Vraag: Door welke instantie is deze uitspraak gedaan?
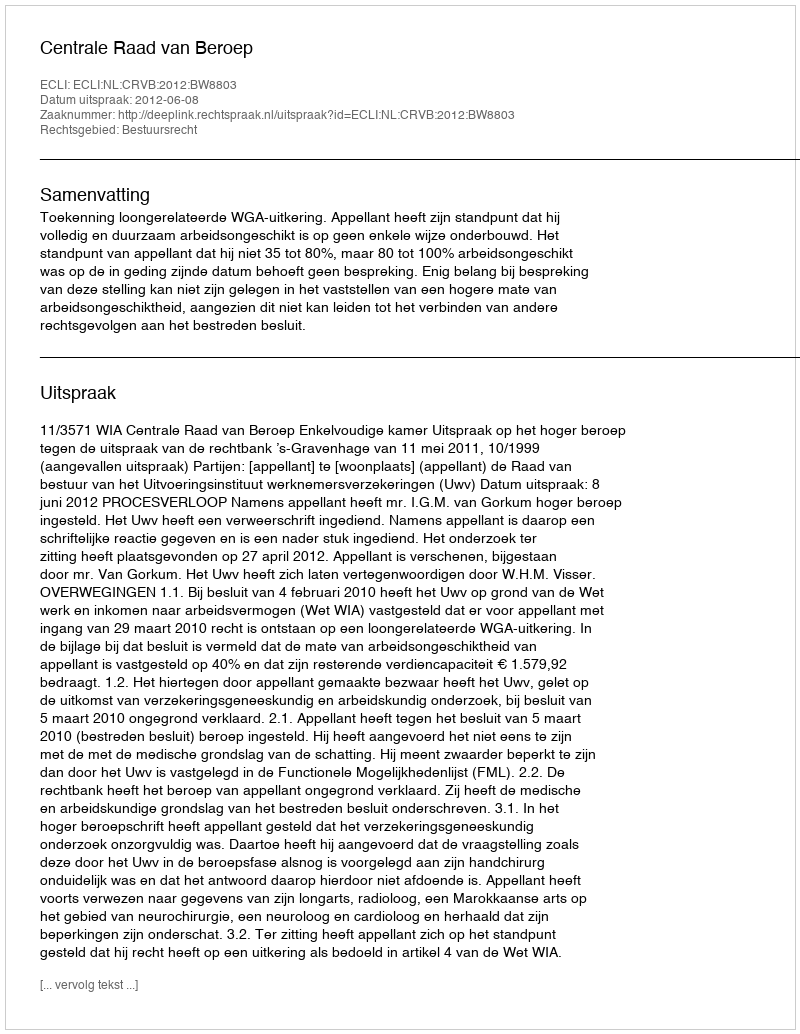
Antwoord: Centrale Raad van Beroep